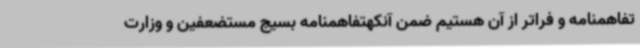
تفاهمنامه و فراتر از آن هستیم ضمن آنکهتفاهمنامه بسیج مستضعفین و وزارت